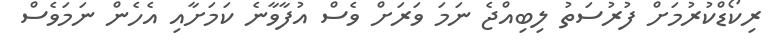
ރިކޯޑްކުރުމަށް ފުރުސަތު ލިބިއްޖެ ނަމަ ވަރަށް ވެސް އުފާވާނެ ކަމަށާއި އެހެން ނަމަވެސް